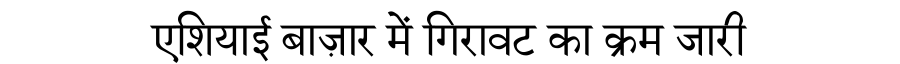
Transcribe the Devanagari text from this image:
एशियाई बाज़ार में गिरावट का क्रम जारी